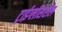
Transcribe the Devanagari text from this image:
ट्राईग्लीसेरॉल